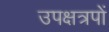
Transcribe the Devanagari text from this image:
उपक्षत्रपों